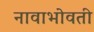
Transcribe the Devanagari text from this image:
नावाभोवती